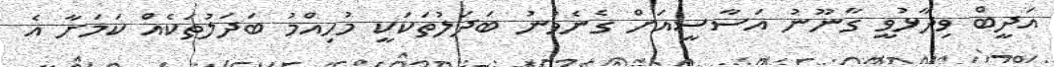
އަދީބް ވިދާޅުވީ ގާނޫނު އަސާސީއަށް ގެނެވުނު ބަދަލުތަކަކީ މުހިއްމު ބަދަލުތަކެއް ކަމަށާ އެ